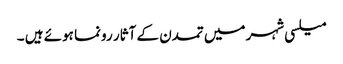
میلسی شہر میں تمدن کے آثار رونما ہوئے ہیں ۔